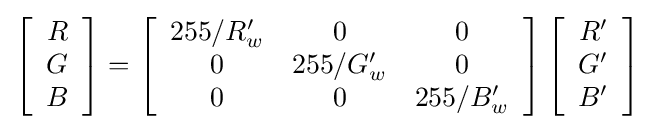
\left[{\begin{array}{c}R\\G\\B\end{array}}\right]=\left[{\begin{array}{ccc}255/R'_{w}&0&0\\0&255/G'_{w}&0\\0&0&255/B'_{w}\end{array}}\right]\left[{\begin{array}{c}R'\\G'\\B'\end{array}}\right]